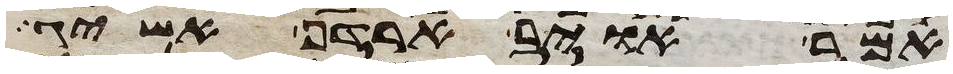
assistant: אמר אויב ארדף אשיג